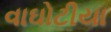
વાઘોટીયા